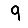
Digit: 9